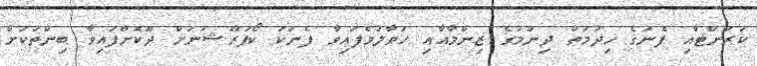
ކަރަންޓާއި ފެނުގެ ޚިދުމަތް ދިނުމުގެ ޒިންމާއާއި ހަވާލުވެފައިވާ ފެނަކަ ކޯޕަރޭޝަނަށް ދޫކޮށްފައިވާ ބިންތަކަށް